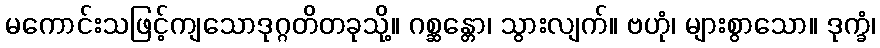
မကောင်းသဖြင့်ကျသောဒုဂ္ဂတိတခုသို့။ ဂစ္ဆန္တော၊ သွားလျက်။ ဗဟုံ၊ များစွာသော။ ဒုက္ခံ၊